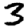
Digit: 3